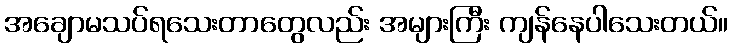
အချောမသပ်ရသေးတာတွေလည်း အများကြီး ကျန်နေပါသေးတယ်။